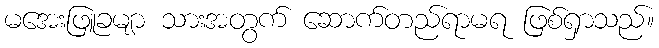
မအေးဖြူခမျာ သားအတွက် ဆောက်တည်ရာမရ ဖြစ်ရှာသည်။